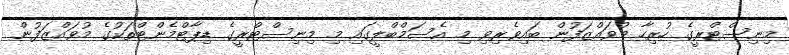
މިނިސްޓްރީގެ ހުރިހާ މުވައްޒަފުން ބައިވެރިވި މި އެސަމްބްލީގައި މި މިނިސްޓްރީގެ ޑިޕާޓްމެންޓްތަކުގެ މުވައްޒަފުން